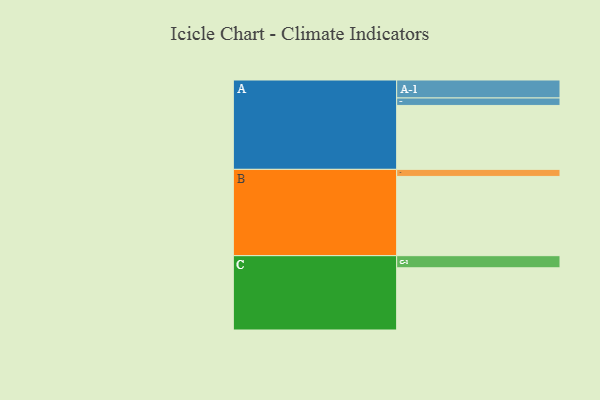
{"axis": {"x": "Segment", "y": "Value"}, "legend": ["", "A", "B", "C"], "data": [{"x": "A", "y": 480, "type": ""}, {"x": "B", "y": 595, "type": ""}, {"x": "C", "y": 467, "type": ""}, {"x": "A-1", "y": 135, "type": "A"}, {"x": "A-2", "y": 56, "type": "A"}, {"x": "B-1", "y": 53, "type": "B"}, {"x": "C-1", "y": 91, "type": "C"}]}